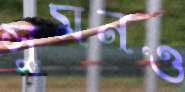
সুমনও